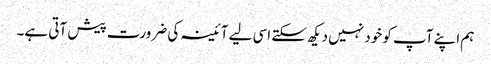
ہم اپنے آپ کو خود نہیں دیکھ سکتے اسی لیے آئینہ کی ضرورت پیش آتی ہے۔